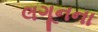
લગૂનના